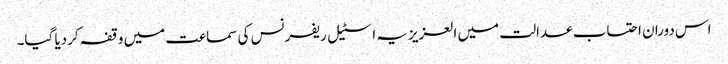
اس دوران احتساب عدالت میں العزیزیہ اسٹیل ریفرنس کی سماعت میں وقفہ کردیا گیا۔